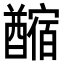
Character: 𨣡